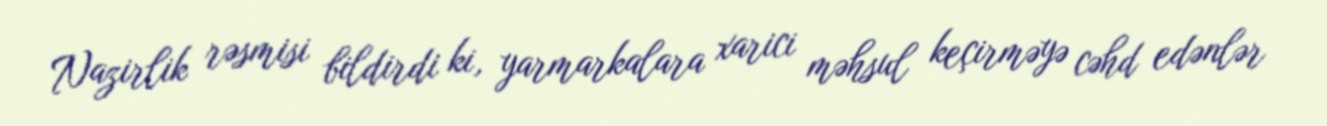
Nazirlik rəsmisi bildirdi ki, yarmarkalara xarici məhsul keçirməyə cəhd edənlər